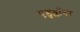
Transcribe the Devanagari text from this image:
एडुव्लॉगर